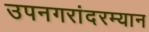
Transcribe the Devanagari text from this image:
उपनगरांदरम्यान